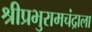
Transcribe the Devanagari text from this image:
श्रीप्रभुरामचंद्राला